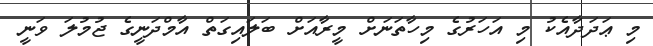
މި ޢަދަދާއެކު މި އަހަރުގެ މިހާތަނަށް މީރާއަށް ބަލައިގަތް އާމްދަނީގެ ޖުމުލަ ވަނީ